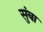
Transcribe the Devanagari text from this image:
सुंबा